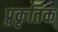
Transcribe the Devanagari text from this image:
प्र्रकृतिक